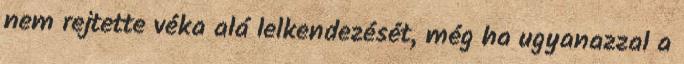
nem rejtette véka alá lelkendezését, még ha ugyanazzal a